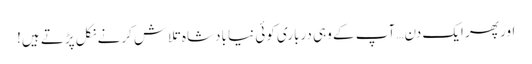
اور پھر ایک دن… آپ کے وہی درباری کوئی نیا بادشاہ تلاش کرنے نکل پڑتے ہیں!